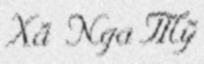
Xã Nga Mỹ